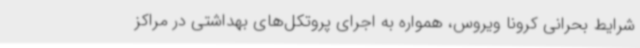
شرایط بحرانی کرونا ویروس، همواره به اجرای پروتکل‌های بهداشتی در مراکز